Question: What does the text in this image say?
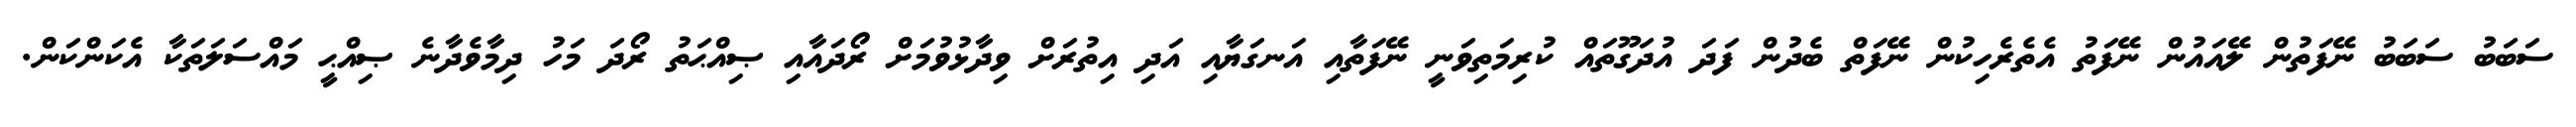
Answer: ސަބަބު ސަބަބު ނޭފަތުން ލޭއައުން ނޭފަތު އެތެރެހިކުން ނޭފަތް ބެދުން ފަދަ އުދަގޫތައް ކުރިމަތިވަނީ ނޭފަތާއި އަނގަޔާއި އަދި އިތުރަށް ވިދާޅުވުމަށް ރޯދައާއި ޞިއްޙަތު ރޯދަ މަހު ދިމާވެދާނެ ޞިއްޙީ މައްސަލަތަކާ އެކަންކަން.